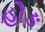
હોઙ